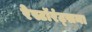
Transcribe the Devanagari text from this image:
रेस्टॉरंट्सना